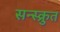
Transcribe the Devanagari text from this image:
सन्स्क्रुत